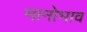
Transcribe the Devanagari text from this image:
मानोभाव